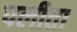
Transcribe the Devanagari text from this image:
पलीता